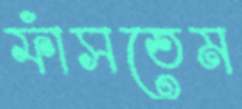
ফাঁসতেম